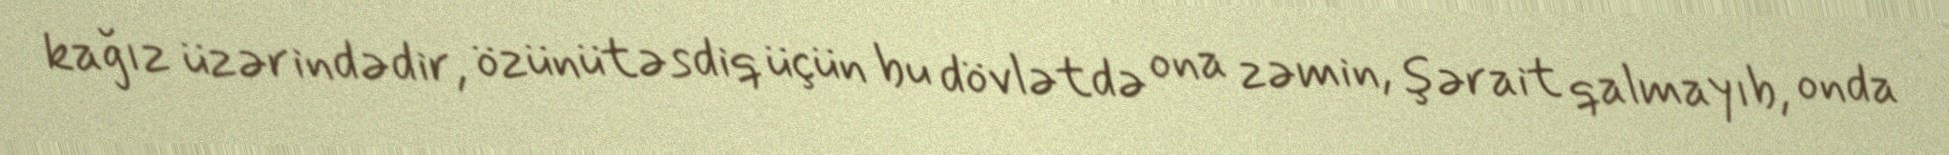
kağız üzərindədir, özünütəsdiq üçün bu dövlətdə ona zəmin, şərait qalmayıb, onda